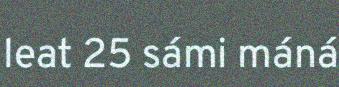
leat 25 sámi máná